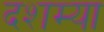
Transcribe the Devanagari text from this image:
दशम्या